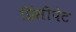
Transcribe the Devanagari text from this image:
प्रिंसीपेट